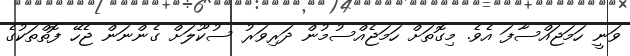
ވަނީ ހަމަޖައްސާފަ އެވެ. މިގޮތަށް ހަމަޖެއްސުމުން ދަރިވަރު ސުކޫލަށް ގެންނަން ޖެހޭ ފޮތްތަކުގެ